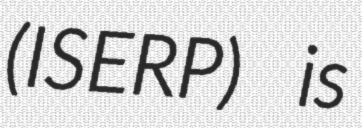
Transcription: (ISERP) is